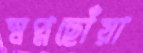
স্বপ্নছোঁয়া